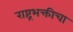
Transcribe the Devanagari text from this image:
राष्ट्रभक्तीचा